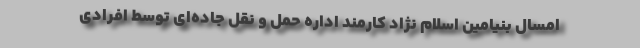
امسال بنیامین اسلام نژاد کارمند اداره حمل و نقل جاده‌ای توسط افرادی